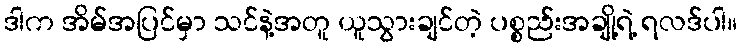
ဒါက အိမ်အပြင်မှာ သင်နဲ့အတူ ယူသွားချင်တဲ့ ပစ္စည်းအချို့ရဲ့ ရလဒ်ပါ။